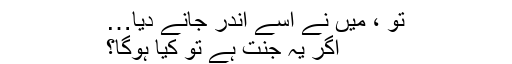
تو ، میں نے اسے اندر جانے دیا…
اگر یہ جنت ہے تو کیا ہوگا؟